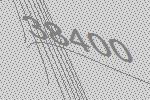
38400